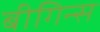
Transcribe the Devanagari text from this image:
बीगिन्स